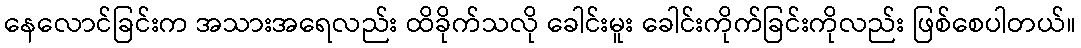
နေလောင်ခြင်းက အသားအရေလည်း ထိခိုက်သလို ခေါင်းမူး ခေါင်းကိုက်ခြင်းကိုလည်း ဖြစ်စေပါတယ်။